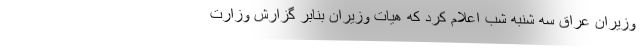
وزیران عراق سه شنبه شب اعلام کرد که هیات وزیران بنابر گزارش وزارت